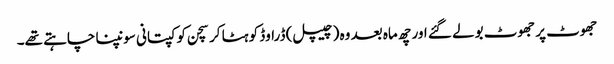
جھوٹ پر جھوٹ بولے گئے اور چھ ماہ بعد وہ (چیپل) ڈراوڈ کو ہٹا کر سچن کو کپتانی سونپنا چاہتے تھے۔